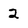
Character: 2